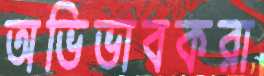
অভিভাবকরা